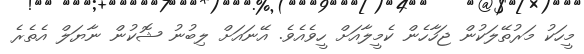
މީހަކު މަރުތޭލަކުން ޖަހާހެން ކެމީލާއަށް ހީވެއެވެ. އޭނައަށް ލިބުނު ޝޮކުން ނާޔަލް އެތެރެ